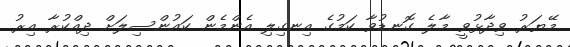
މޭޔަރު ވިދާޅުވީ މާލެ ގޮނޑުވާ ކަމުގެ އިނގިލި އެންމެން ކައުންސިލަށް ދިއްކުރާ އިރު